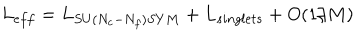
LaTeX: L _ { e f f } = L _ { S U ( N _ { c } - N _ { f } ) S Y M } + L _ { s i n g l e t s } + O ( 1 / M )